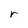
Character: r